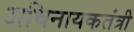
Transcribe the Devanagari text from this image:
अधिनायकतंत्री